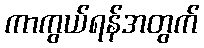
ကာကွယ်ရန်အတွက်